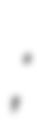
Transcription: Лаврик;